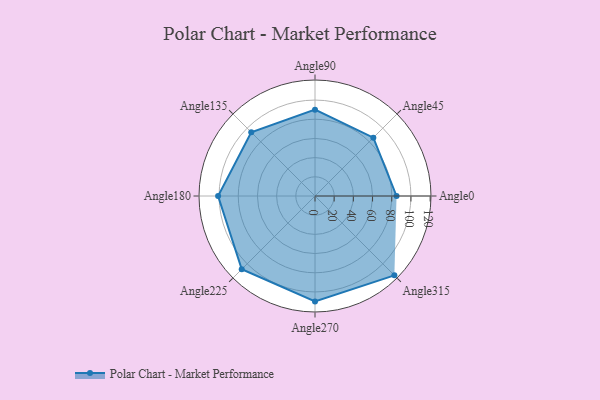
{"axis": {"x": "Angle", "y": "Radius"}, "legend": [""], "data": [{"x": "Angle0", "y": 85.0, "type": ""}, {"x": "Angle45", "y": 86.0, "type": ""}, {"x": "Angle90", "y": 90.0, "type": ""}, {"x": "Angle135", "y": 94.0, "type": ""}, {"x": "Angle180", "y": 101.0, "type": ""}, {"x": "Angle225", "y": 108.0, "type": ""}, {"x": "Angle270", "y": 110.0, "type": ""}, {"x": "Angle315", "y": 117.0, "type": ""}]}